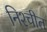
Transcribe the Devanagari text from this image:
निश्‍चीत